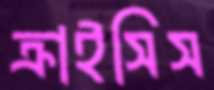
ক্রাইসিস